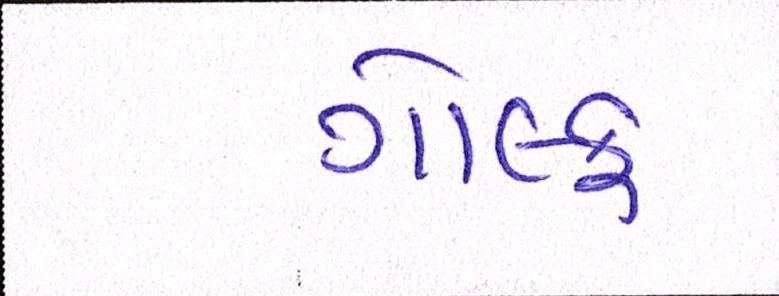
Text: ગોલ્ફ